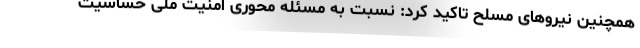
همچنین نیروهای مسلح تاکید کرد: نسبت به مسئله محوری امنیت ملی حساسیت